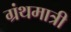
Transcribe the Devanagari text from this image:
ग्रंथमात्री